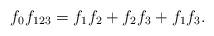
LaTeX: \begin{align*}f_0f_{123}=f_1f_2+f_2f_3+f_1f_3.\end{align*}